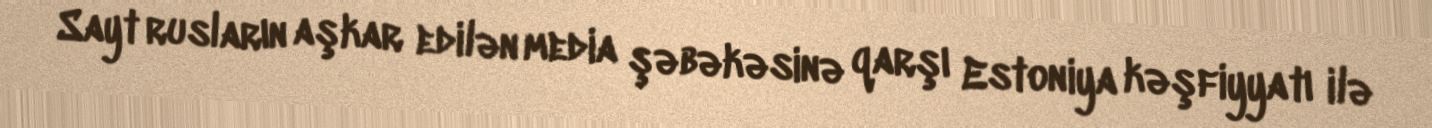
Sayt rusların aşkar edilən media şəbəkəsinə qarşı Estoniya kəşfiyyatı ilə